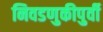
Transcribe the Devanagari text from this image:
निवडणुकीपुर्वी